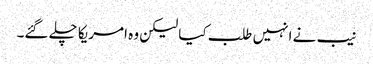
نیب نے انہیں طلب کیا لیکن وہ امریکا چلے گئے۔